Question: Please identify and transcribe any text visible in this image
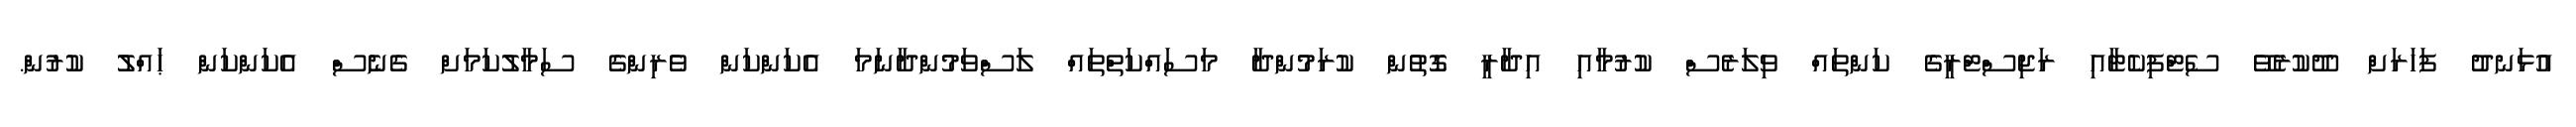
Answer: އުޅަނދު ފަހަރަށް ދޫކުރެވޭ ސެޓްފިކެޓާއި ރަޖިސްޓްރީގެ ކަންތައް ވިލަރެސް ކުރުމާއި އިދާރީ ގޮތުން ކުރަމުންދާ މަސައްކަތްތައް ލަސްވަމުންދާނަމަ އެކަންކަން ވެރިންގެ ސަމާލުކަމަށް ގެނެސް އެކަންކަން ޙައްލު ކުރުން.